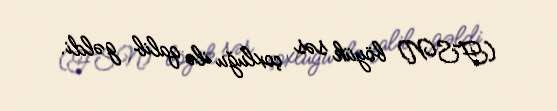
(FSN) böyük səs çoxluğu ilə qalib gəldi.